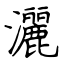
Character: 灑